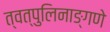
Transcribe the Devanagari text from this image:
त्वत्पुलिनाङ्गणे